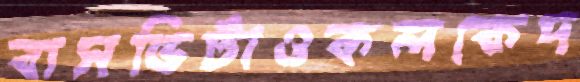
বাসভিটাওকলকেদ